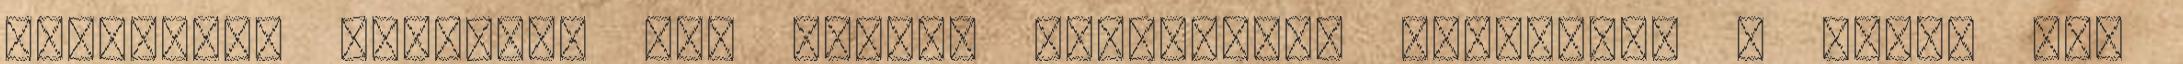
ingatlant bérelni? Úgy tűnik, bizalommal fordulhat a Cívis Ház